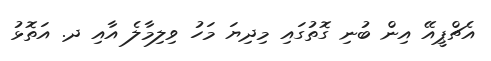
އެޗްޕީއޭ އިން ބުނި ގޮތުގައި މިދިޔަ މަހު ވިލިމާލެ އާއި ދ. އަތޮޅު